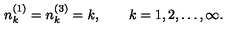
n _ { k } ^ { ( 1 ) } = n _ { k } ^ { ( 3 ) } = k , \qquad k = 1 , 2 , \ldots , \infty .